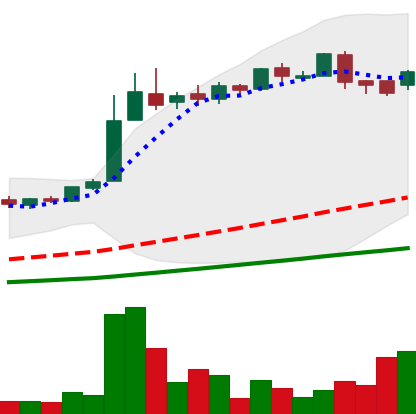
Ticker: LTC-USD
Chart end date: 2016-06-10
Forward return: 8.26%
Label: up_7plus